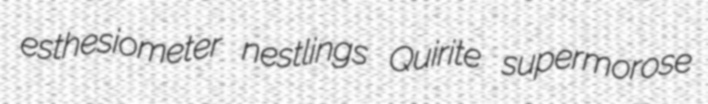
esthesiometer nestlings Quirite supermorose